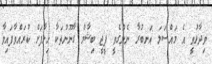
ވިދާޅުވީ އެ މައްސަލަ އަނބުރާ ނެންގެވީ ޕީޖީ ބިޝާމް ގާނޫނުތަކާ ހިލާފަށް ކުރައްވާފައިވާ